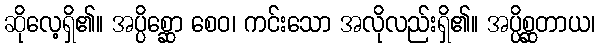
ဆိုလေ့ရှိ၏။ အပ္ပိစ္ဆော စေဝ၊ ကင်းသော အလိုလည်းရှိ၏။ အပ္ပိစ္ဆတာယ၊